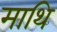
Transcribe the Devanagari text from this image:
माथि